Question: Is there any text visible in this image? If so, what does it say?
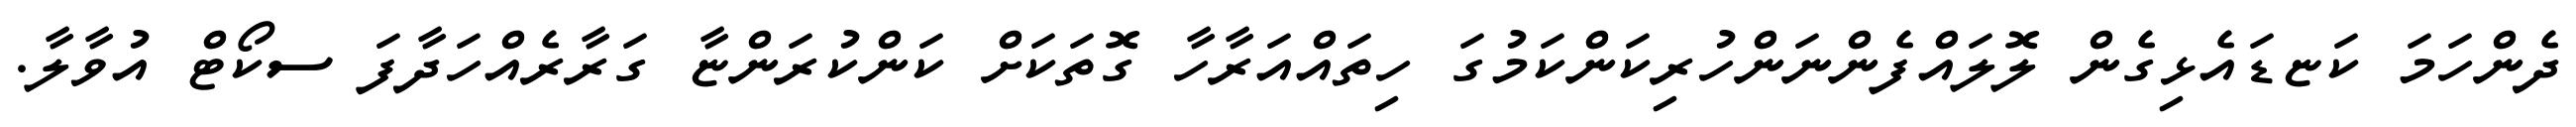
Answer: ދެންހަމަ ކަޏޑައެޅިގެން ލޮލައްފެންނަންހުރިކަންކަމުގަ ހިތައްއަރާހާ ގޮތަކަށް ކަންކުރަންޏާ ގަރާރެއްހަދާފަ ސކޯޓް އުވާލާ.